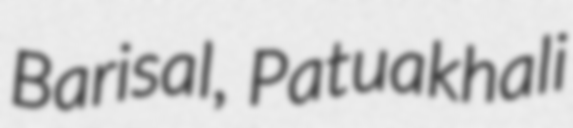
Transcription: Barisal, Patuakhali